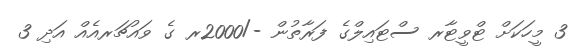
3 މީހަކަށް ޓްވީޓާރ ސްޓައިލްގެ ފަރާތުން -/2000ރ ގެ ވައުޗަރއެއް އަދި 3